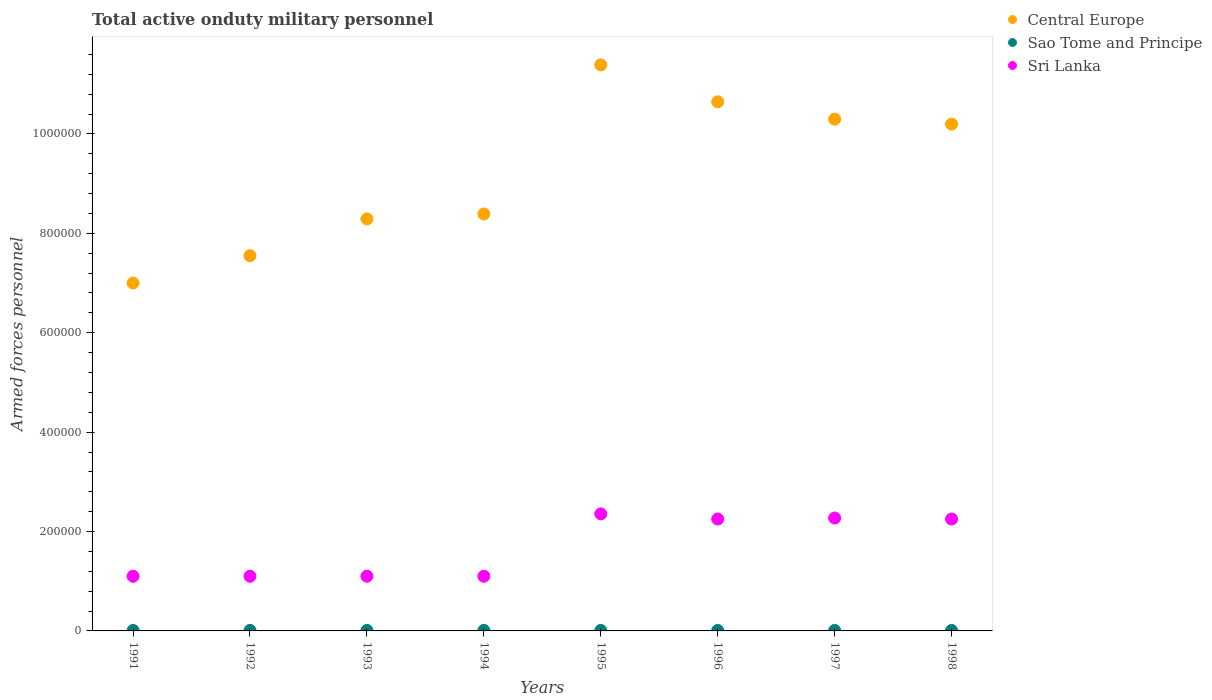
| Years | Central Europe | Sao Tome and Principe | Sri Lanka |
 | --- | --- | --- | --- |
 | 1991 | 7e+05 | 1e+03 | 1.1e+05 |
 | 1992 | 7.55e+05 | 1e+03 | 1.1e+05 |
 | 1993 | 8.29e+05 | 1e+03 | 1.1e+05 |
 | 1994 | 8.39e+05 | 1e+03 | 1.1e+05 |
 | 1995 | 1.14e+06 | 1e+03 | 2.36e+05 |
 | 1996 | 1.06e+06 | 1e+03 | 2.25e+05 |
 | 1997 | 1.03e+06 | 1e+03 | 2.27e+05 |
 | 1998 | 1.02e+06 | 1e+03 | 2.25e+05 |